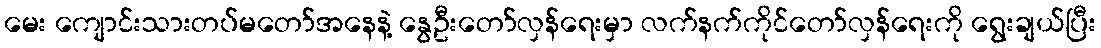
မေး ကျောင်းသားတပ်မတော်အနေနဲ့ နွေဦးတော်လှန်ရေးမှာ လက်နက်ကိုင်တော်လှန်ရေးကို ရွေးချယ်ပြီး